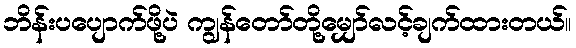
ဘိန်းပပျောက်ဖို့ပဲ ကျွန်တော်တို့မျှော်လင့်ချက်ထားတယ်။